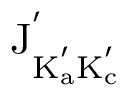
\mathrm { J _ { K _ { a } ^ { ' } K _ { c } ^ { ' } } ^ { ' } }